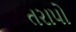
તરાપો